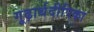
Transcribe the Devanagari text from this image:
गूढ़ार्थदीपिका